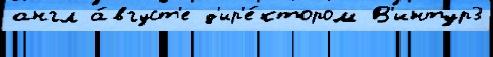
англ а́вгуст'е д'ир'е́ктором В'интур3